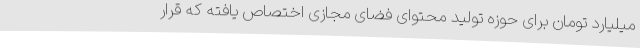
میلیارد تومان برای حوزه تولید محتوای فضای مجازی اختصاص یافته که قرار